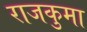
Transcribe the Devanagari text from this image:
राजकुमा